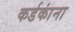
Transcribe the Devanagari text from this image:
कर्डकांना